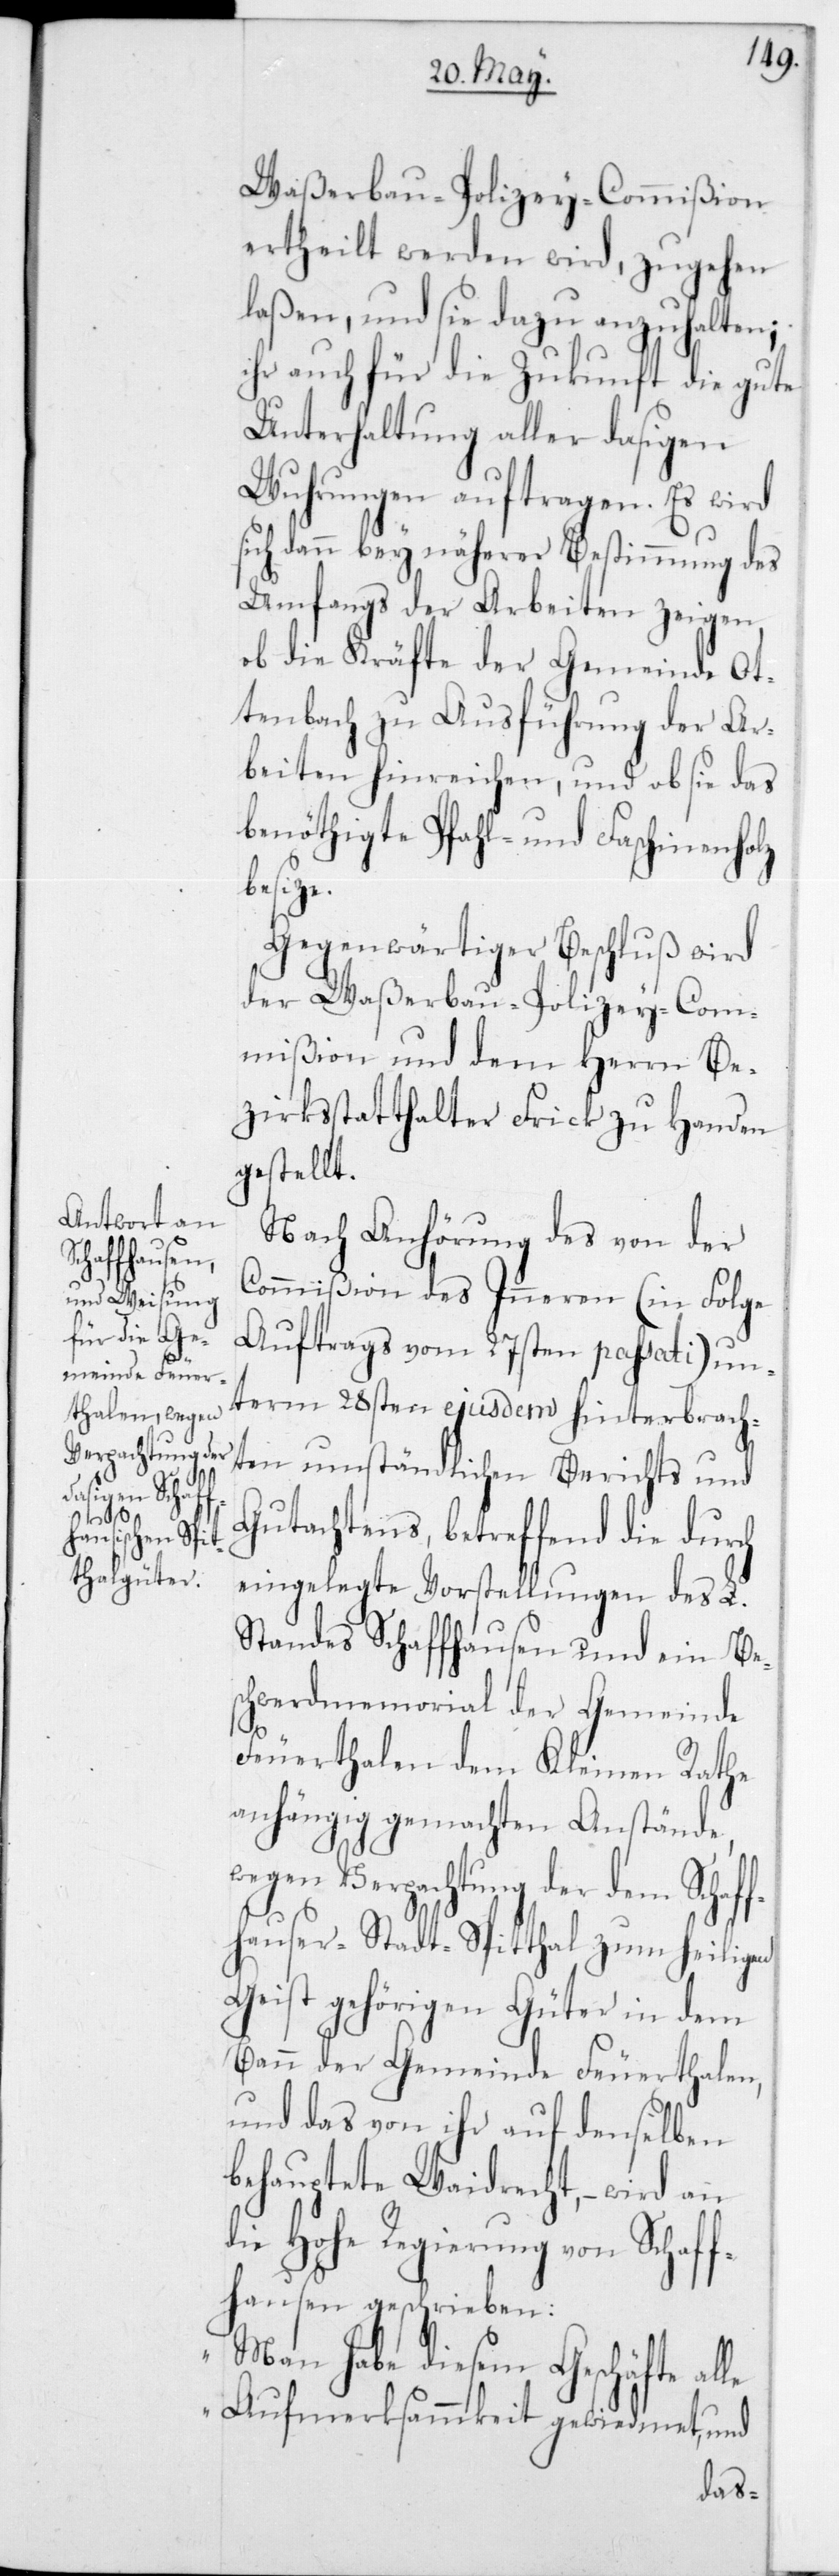
Waßerbau-Polizey-Commißion
ertheilt werden wird, zugehen
laßen, und sie dazu anzuhalten,
ihr auch für die Zukunft die gute
Unterhaltung aller dasigen
Wuhrungen auftragen. Es wird
sich dann bey näherer Bestimmung des
Umfangs der Arbeiten zeigen,
ob die Kräfte der Gemeinde Ot¬
tenbach zu Ausführung der Ar¬
beiten hinreichen, und ob sie das
benöthigte Pfahl- und Faschinenholz
besize.
Gegenwärtiger Beschluß wird
der Waßerbau-Polizey-Com¬
mißion und dem Herrn Be¬
zirksstatthalter Frick zu Handen
gestellt.
Nach Anhörung des von der
Commißion des Inneren (in folge
Auftrags vom 27sten passati) un¬
term 28sten ejusdem hinterbrach¬
ten umständlichen Berichts und
Gutachtens, betreffend die durch
eingelegte Vorstellungen des L.
Standes Schaffhausen und ein Be¬
schwerdmemorial der Gemeinde
Feuerthalen dem Kleinen Rathe
anhängig gemachten Anstände,
wegen Verpachtung der dem Schaf¬
fhauser Stadt-Spitthal zum Heiligen
Geist gehörigen Güter in dem
Bann der Gemeinde Feuerthalen,
und das von ihr auf denselben
behauptete Waidrecht, – wird an
die Hohe Regierung von Schaff¬
hausen geschrieben:
„Man habe diesem Geschäfte alle
Aufmerksamkeit gewiedmet, und